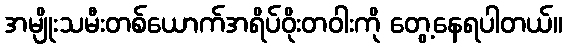
အမျိုးသမီးတစ်ယောက်အရိပ်ဝိုးတဝါးကို တွေ့နေရပါတယ်။